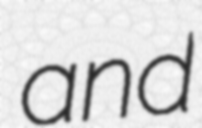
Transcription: and